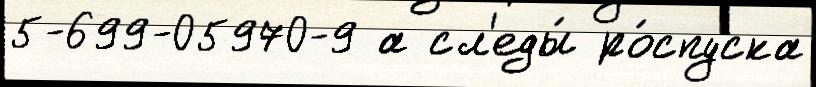
5-699-05970-9 а сл'еды́ ро́спуска